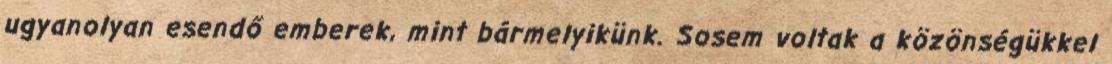
ugyanolyan esendő emberek, mint bármelyikünk. Sosem voltak a közönségükkel